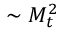
\sim M _ { t } ^ { 2 }